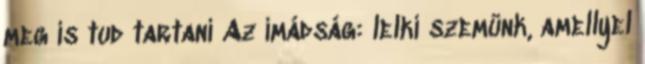
meg is tud tartani Az imádság: lelki szemünk, amellyel